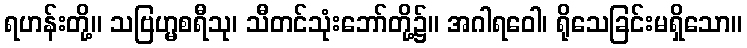
ရဟန်းတို့။ သဗြဟ္မစရီသု၊ သီတင်သုံးဘော်တို့၌။ အဂါရဝေါ၊ ရိုသေခြင်းမရှိသော။